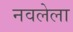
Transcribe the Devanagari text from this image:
नवलेला